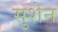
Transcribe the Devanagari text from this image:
सुशेन